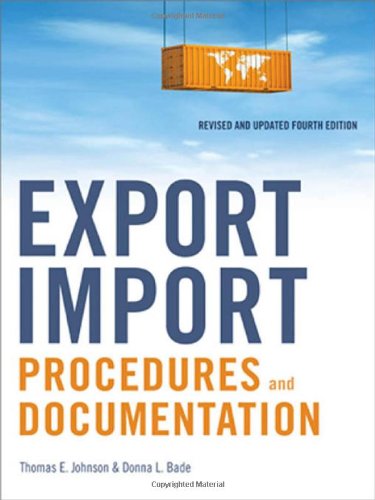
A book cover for Export/Import Procedures and Documentation; Thomas E. Johnson; Business & Money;